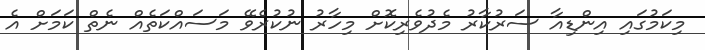
މިކަމުގައި އިންޑިއާ ސަރުކާރު މެދުވެރިކޮށް މިހާރު ނުކުރެވޭ މަސައްކަތެއް ނެތް ކަމަށް އެ